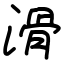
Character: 滑